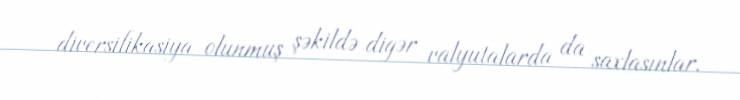
diversifikasiya olunmuş şəkildə digər valyutalarda da saxlasınlar.